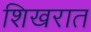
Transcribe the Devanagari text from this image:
शिखरात